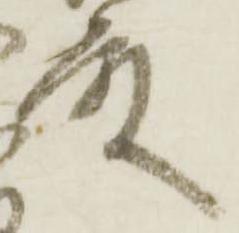
殿